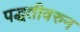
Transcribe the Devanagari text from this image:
पद्धतीवरुन